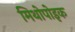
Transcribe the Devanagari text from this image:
मिथोपोइक